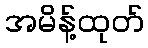
အမိန့်ထုတ်